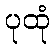
ပုထုံ